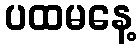
ပထမနေ့